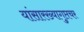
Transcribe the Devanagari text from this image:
यांसारख्यागुप्तचर